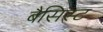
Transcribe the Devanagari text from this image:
बैसिस्ट